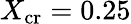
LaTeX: X_{\mathrm{cr}}=0.25